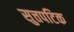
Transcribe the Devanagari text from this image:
सुत्तपटिक